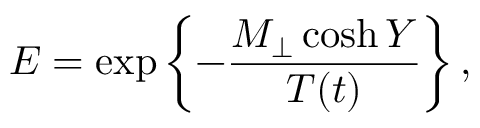
E = \exp \left\{ - \frac { M _ { \perp } \cosh Y } { T ( t ) } \right\} ,